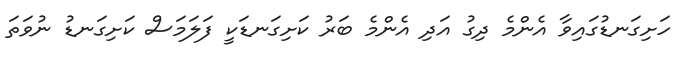
ހަށިގަނޑުގައިވާ އެންމެ ދިގު އަދި އެންމެ ބަރު ކަށިގަނޑަކީ ފަލަމަސް ކަށިގަނޑު ނުވަތަ